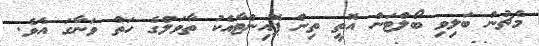
މެޗުން ބަލިވި ބޯލްޓަން އޮތީ ތިން ޕޮއިންޓާއެކު ތާވަލްގެ ހަތް ވަނާގަ އެވެ.